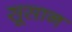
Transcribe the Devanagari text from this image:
सूसान